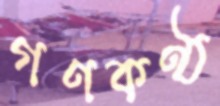
গণকণ্ঠ